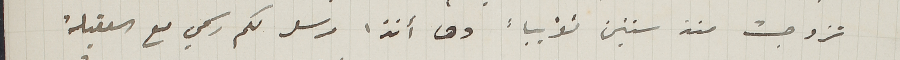
تزوجت منذ سنتين تقريباً وها أنذا مرسل لكم رسمي مع العقيلة